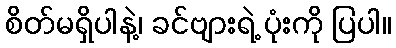
စိတ်မရှိပါနဲ့၊ ခင်ဗျားရဲ့ ပုံးကို ပြပါ။